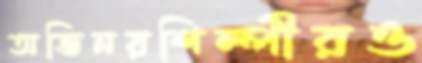
অভিনয়শিল্পীরও